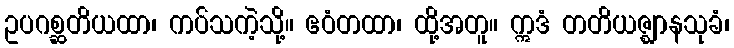
ဥပဂစ္ဆတိယထာ၊ ကပ်သကဲ့သို့။ ဧဝံတထာ၊ ထို့အတူ။ ဣဒံ တတိယဇ္ဈာနသုခံ၊